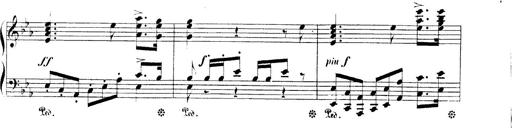
Title: 3 Chansons
Composer: Franz Liszt